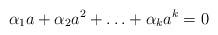
LaTeX: \begin{align*}\alpha_1 a+\alpha_2 a^2+\ldots +\alpha_k a^k = 0\end{align*}